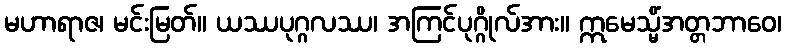
မဟာရာဇ၊ မင်းမြတ်။ ယဿပုဂ္ဂလဿ၊ အကြင်ပုဂ္ဂိုလ်အား။ ဣမေသ္မိံအတ္တဘာဝေ၊